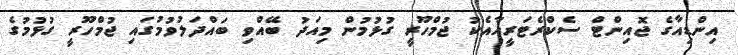
އިންޑިއާގެ ޖޮއިންޓް ސެކްރެޓަރީއާއެކު ޖުމްހޫރީ ގުޅުމުން މިއަދު ބޭއްވި ބައްދަލުވުމުގައި ޖުމްހޫރީ ގުޅުމުގެ